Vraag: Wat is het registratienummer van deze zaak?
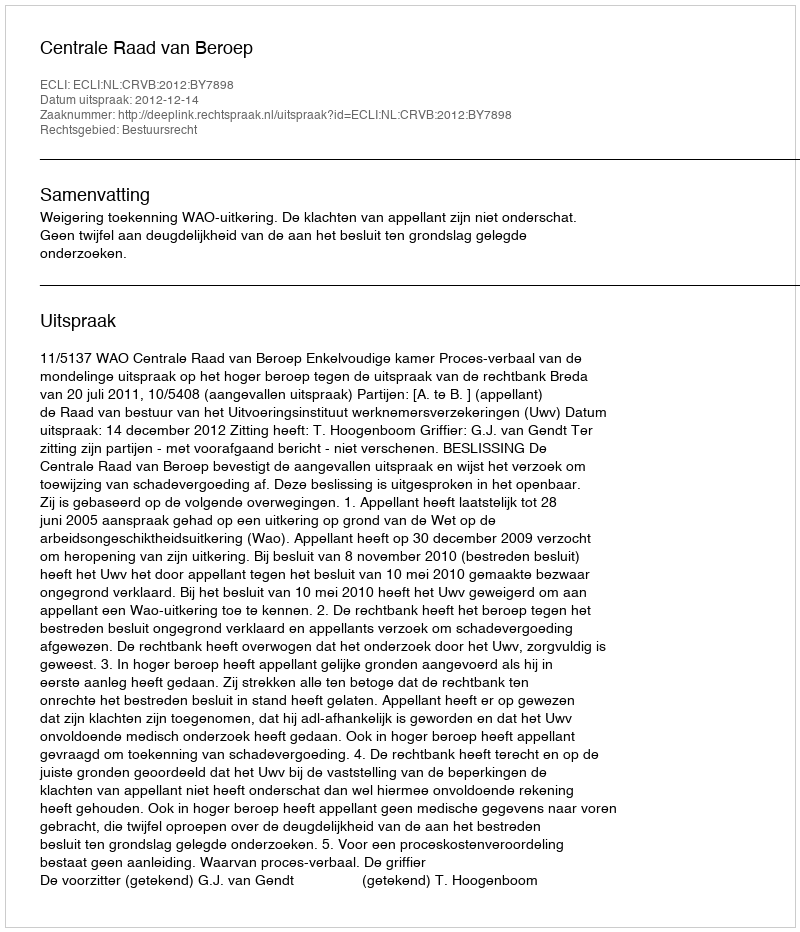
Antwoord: http://deeplink.rechtspraak.nl/uitspraak?id=ECLI:NL:CRVB:2012:BY7898